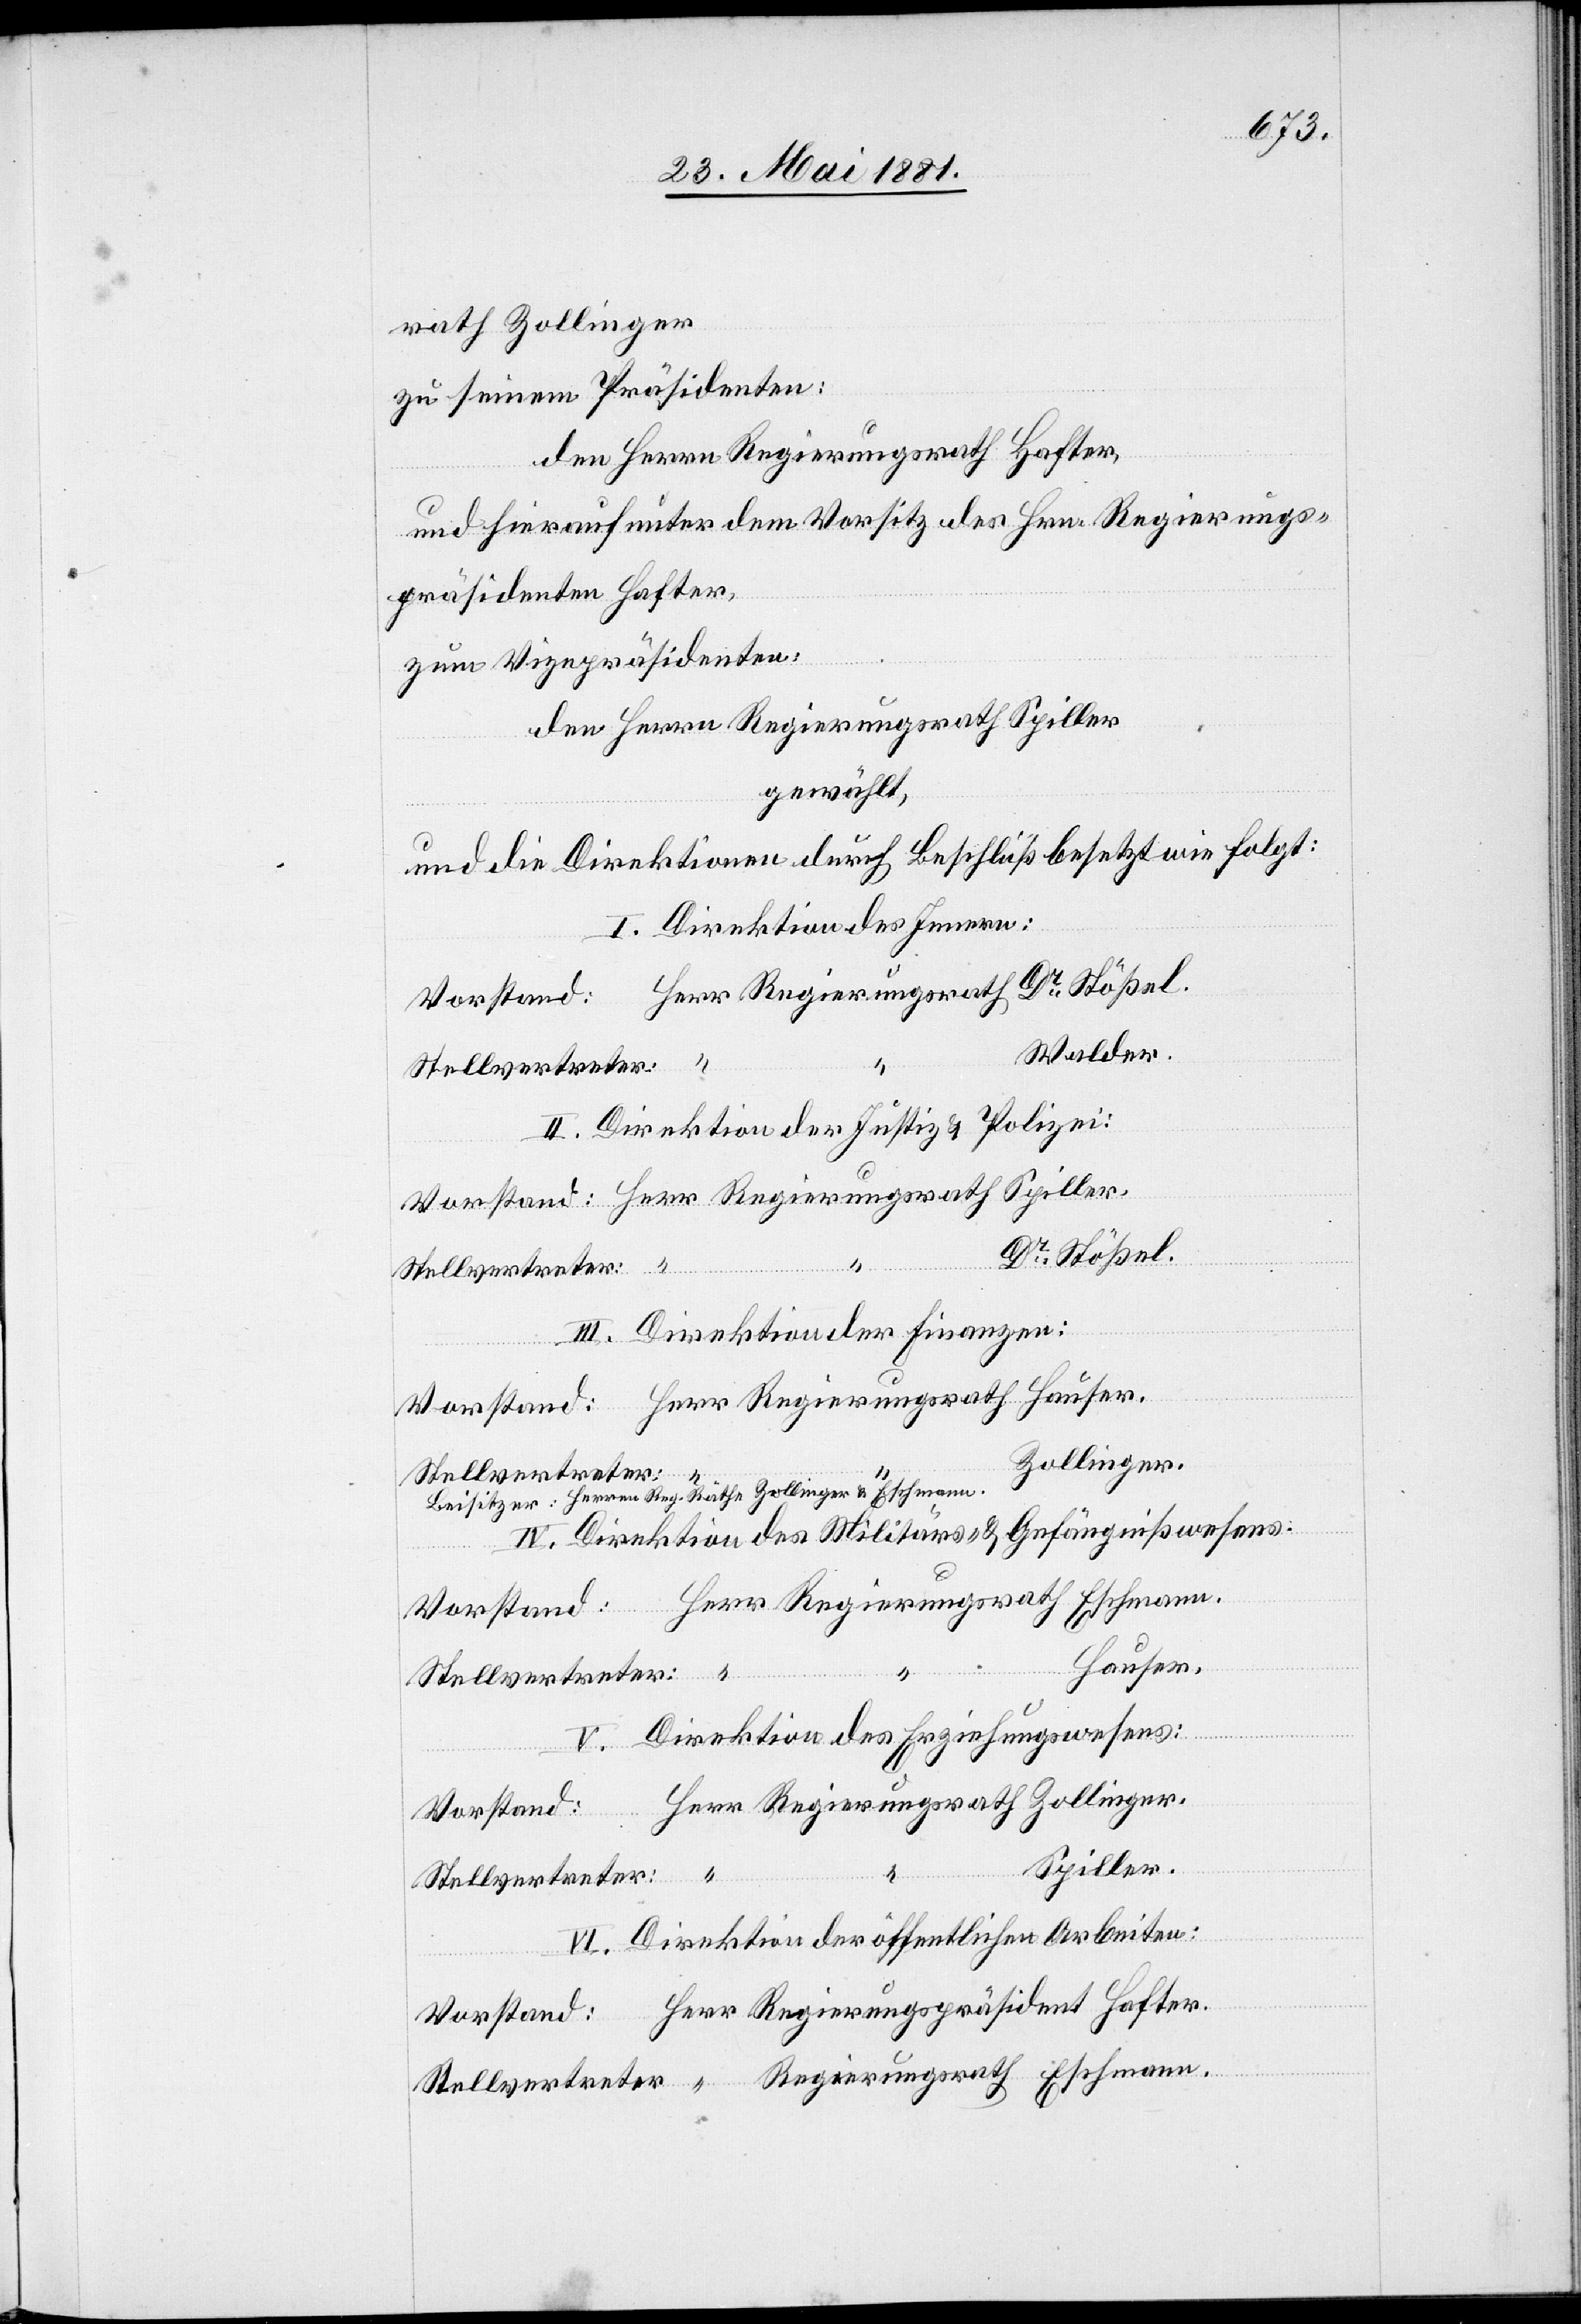
rath Zollinger
zu seinem Präsidenten:
den Herren Regierungsrath Spiller
gewählt,
und die Direktion durch Beschluß besetzt wie folgt:
I. Direktion des Innern:
Walder.
II. Direktion der Justiz & Polizei:
Dr Stößel.
III. Direktion der Finanzen:
Zollinger.
Stellvertreter:
IV. Direktion des Militärs- & Gefängnißwesens:
Hafter.
Herr
V. Direktion des Erziehungswesens:
mann.
Vorstand:
Spiller.
VI. Direktion der öffentlichen Arbeiten: